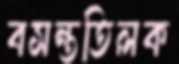
বসন্ততিলক